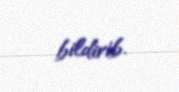
bildirib.